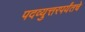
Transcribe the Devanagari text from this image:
पदव्युत्तरपर्यंतचे